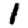
Digit: 1